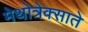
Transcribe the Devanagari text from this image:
मेथोत्रेक्साते